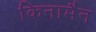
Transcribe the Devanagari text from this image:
किनामैन